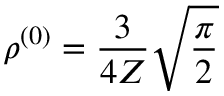
\rho ^ { ( 0 ) } = \frac { 3 } { 4 Z } \sqrt { \frac { \pi } { 2 } }